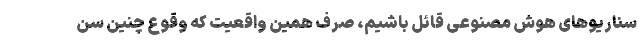
سناریوهای هوش مصنوعی قائل باشیم، صِرف همین واقعیت که وقوع چنین سن